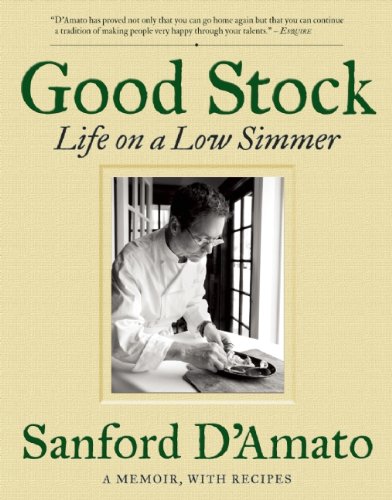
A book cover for Good Stock: Life on a Low Simmer; Sanford D'Amato; Cookbooks, Food & Wine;